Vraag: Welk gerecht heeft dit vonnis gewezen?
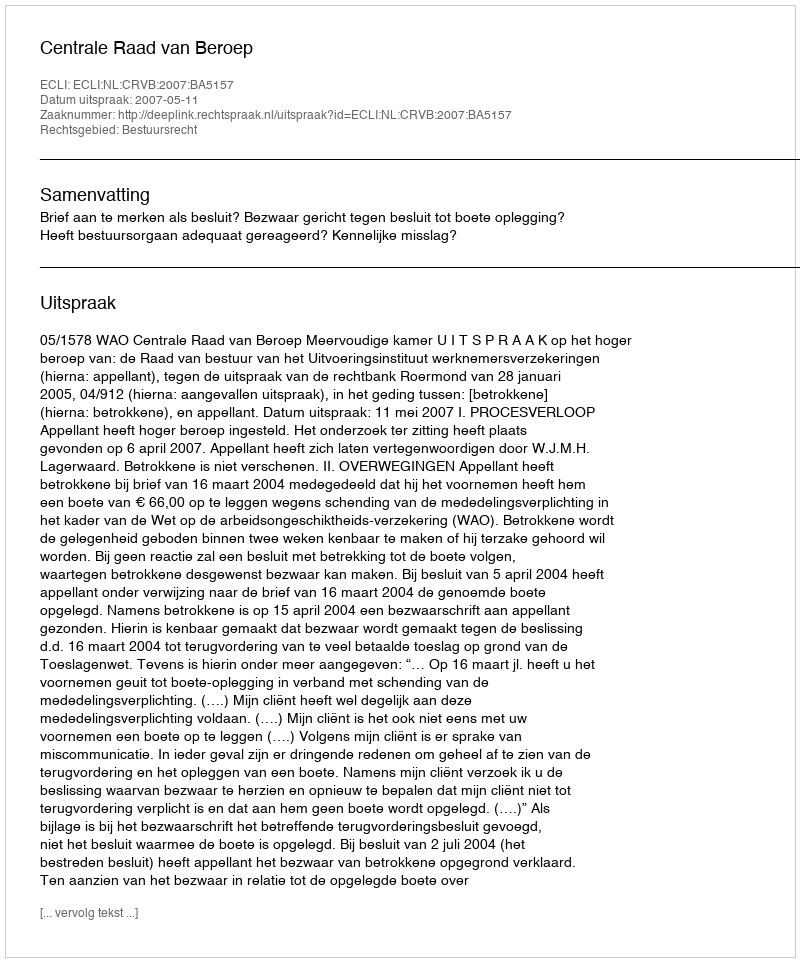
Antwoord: Centrale Raad van Beroep